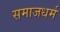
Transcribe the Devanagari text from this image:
समाजधर्म